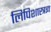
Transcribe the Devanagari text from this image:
लिपिशास्त्रज्ञ